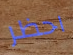
احظر